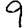
Digit: 9